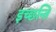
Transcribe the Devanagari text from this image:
इच्छन्ति